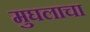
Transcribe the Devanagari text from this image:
मुघलाचा